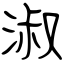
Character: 淑